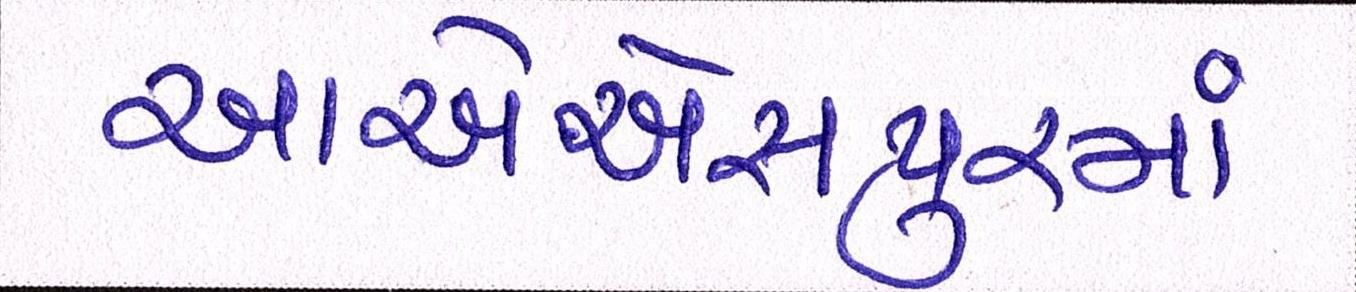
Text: આએએસપુરમાં